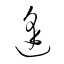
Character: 逢